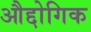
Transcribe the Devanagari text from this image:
औद्दोगिक